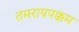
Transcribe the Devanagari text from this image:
तमरायपक्कम